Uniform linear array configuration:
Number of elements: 8
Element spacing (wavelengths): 0.25
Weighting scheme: uniform
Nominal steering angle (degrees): -45
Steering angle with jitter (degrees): -45.117
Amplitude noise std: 0.05
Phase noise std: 0.05

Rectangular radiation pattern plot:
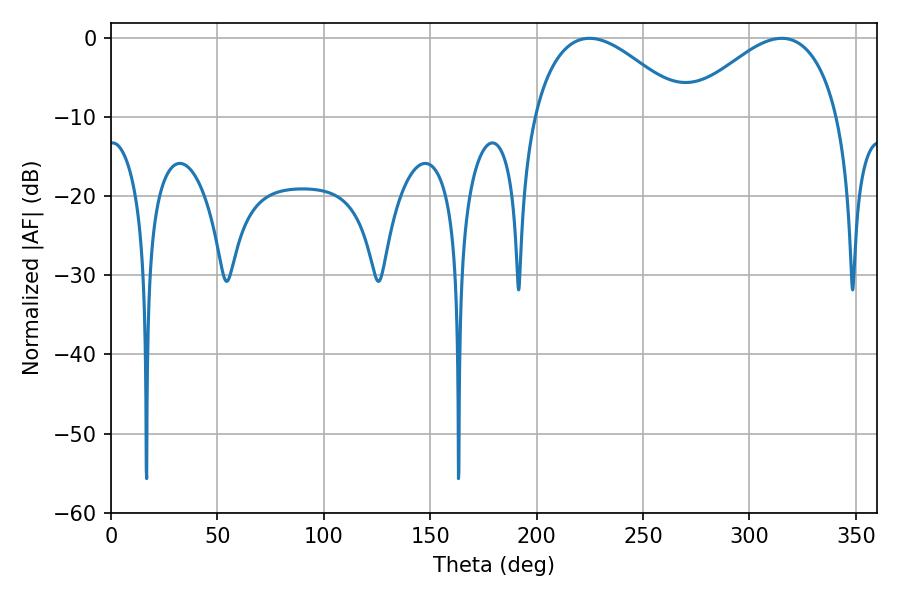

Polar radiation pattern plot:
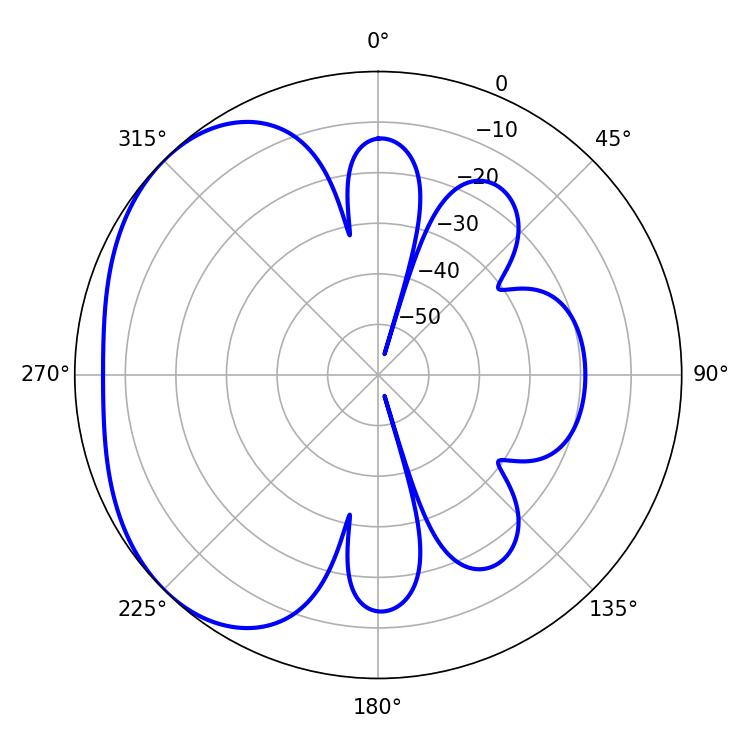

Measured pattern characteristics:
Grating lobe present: FALSE
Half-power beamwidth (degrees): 39.42
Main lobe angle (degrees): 224.82